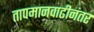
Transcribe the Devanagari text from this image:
तापमानवाढीनंतर